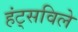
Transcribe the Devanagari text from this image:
हंट्सविले